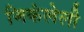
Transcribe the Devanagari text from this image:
जिकंलेली